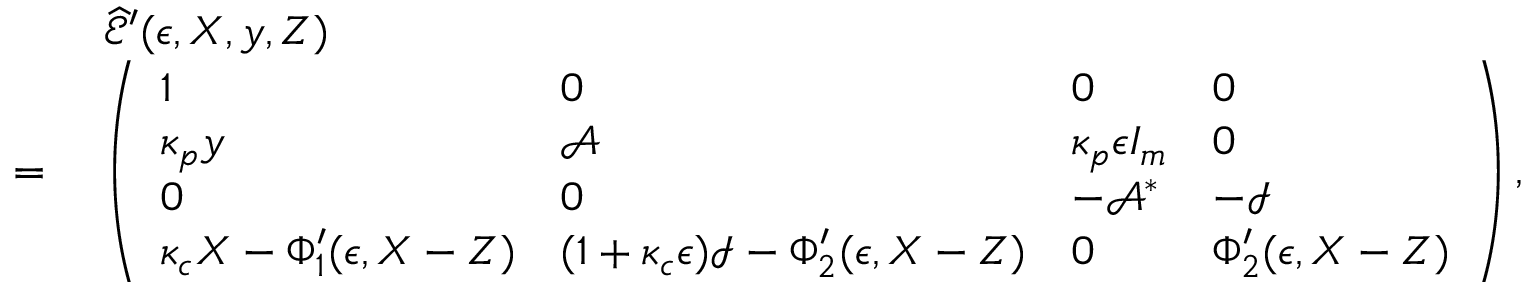
\begin{array} { r l } & { \; \widehat { \mathcal { E } } ^ { \prime } ( \epsilon , X , y , Z ) } \\ { = } & { \; \left( \begin{array} { l l l l } { 1 } & { 0 } & { 0 } & { 0 } \\ { { \kappa _ { p } y } } & { \mathcal { A } } & { \kappa _ { p } { \epsilon } I _ { m } } & { 0 } \\ { 0 } & { 0 } & { - \mathcal { A } ^ { * } } & { - \mathcal { I } } \\ { { \kappa _ { c } X } - { \Phi _ { 1 } ^ { \prime } ( \epsilon , X - Z ) } } & { ( 1 + \kappa _ { c } { \epsilon } ) \mathcal { I } - \Phi _ { 2 } ^ { \prime } ( \epsilon , X - Z ) } & { 0 } & { { \Phi _ { 2 } ^ { \prime } ( \epsilon , X - Z ) } } \end{array} \right) , } \end{array}